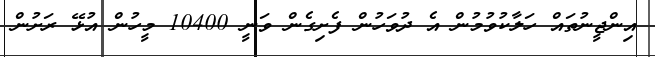
އިންޖީނުތައް ހަލާކުވުމުން އެ ދުވަހުން ފެށިގެން ވަނީ 10400 މީހުން އުޅޭ ރަށުން